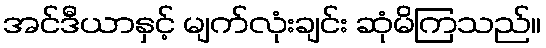
အင်ဒီယာနှင့် မျက်လုံးချင်း ဆုံမိကြသည်။